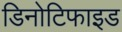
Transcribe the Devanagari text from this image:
डिनोटिफाइड